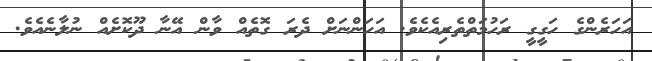
އަހަރެންގެ ހަގީގީ ރަހުމަތްތެރިއެކެވެ. އަހަންނަށް ދެރަ ގޮތެއް ވާން އޭނާ ދޫކޮށެއް ނުލާނެއެވެ.